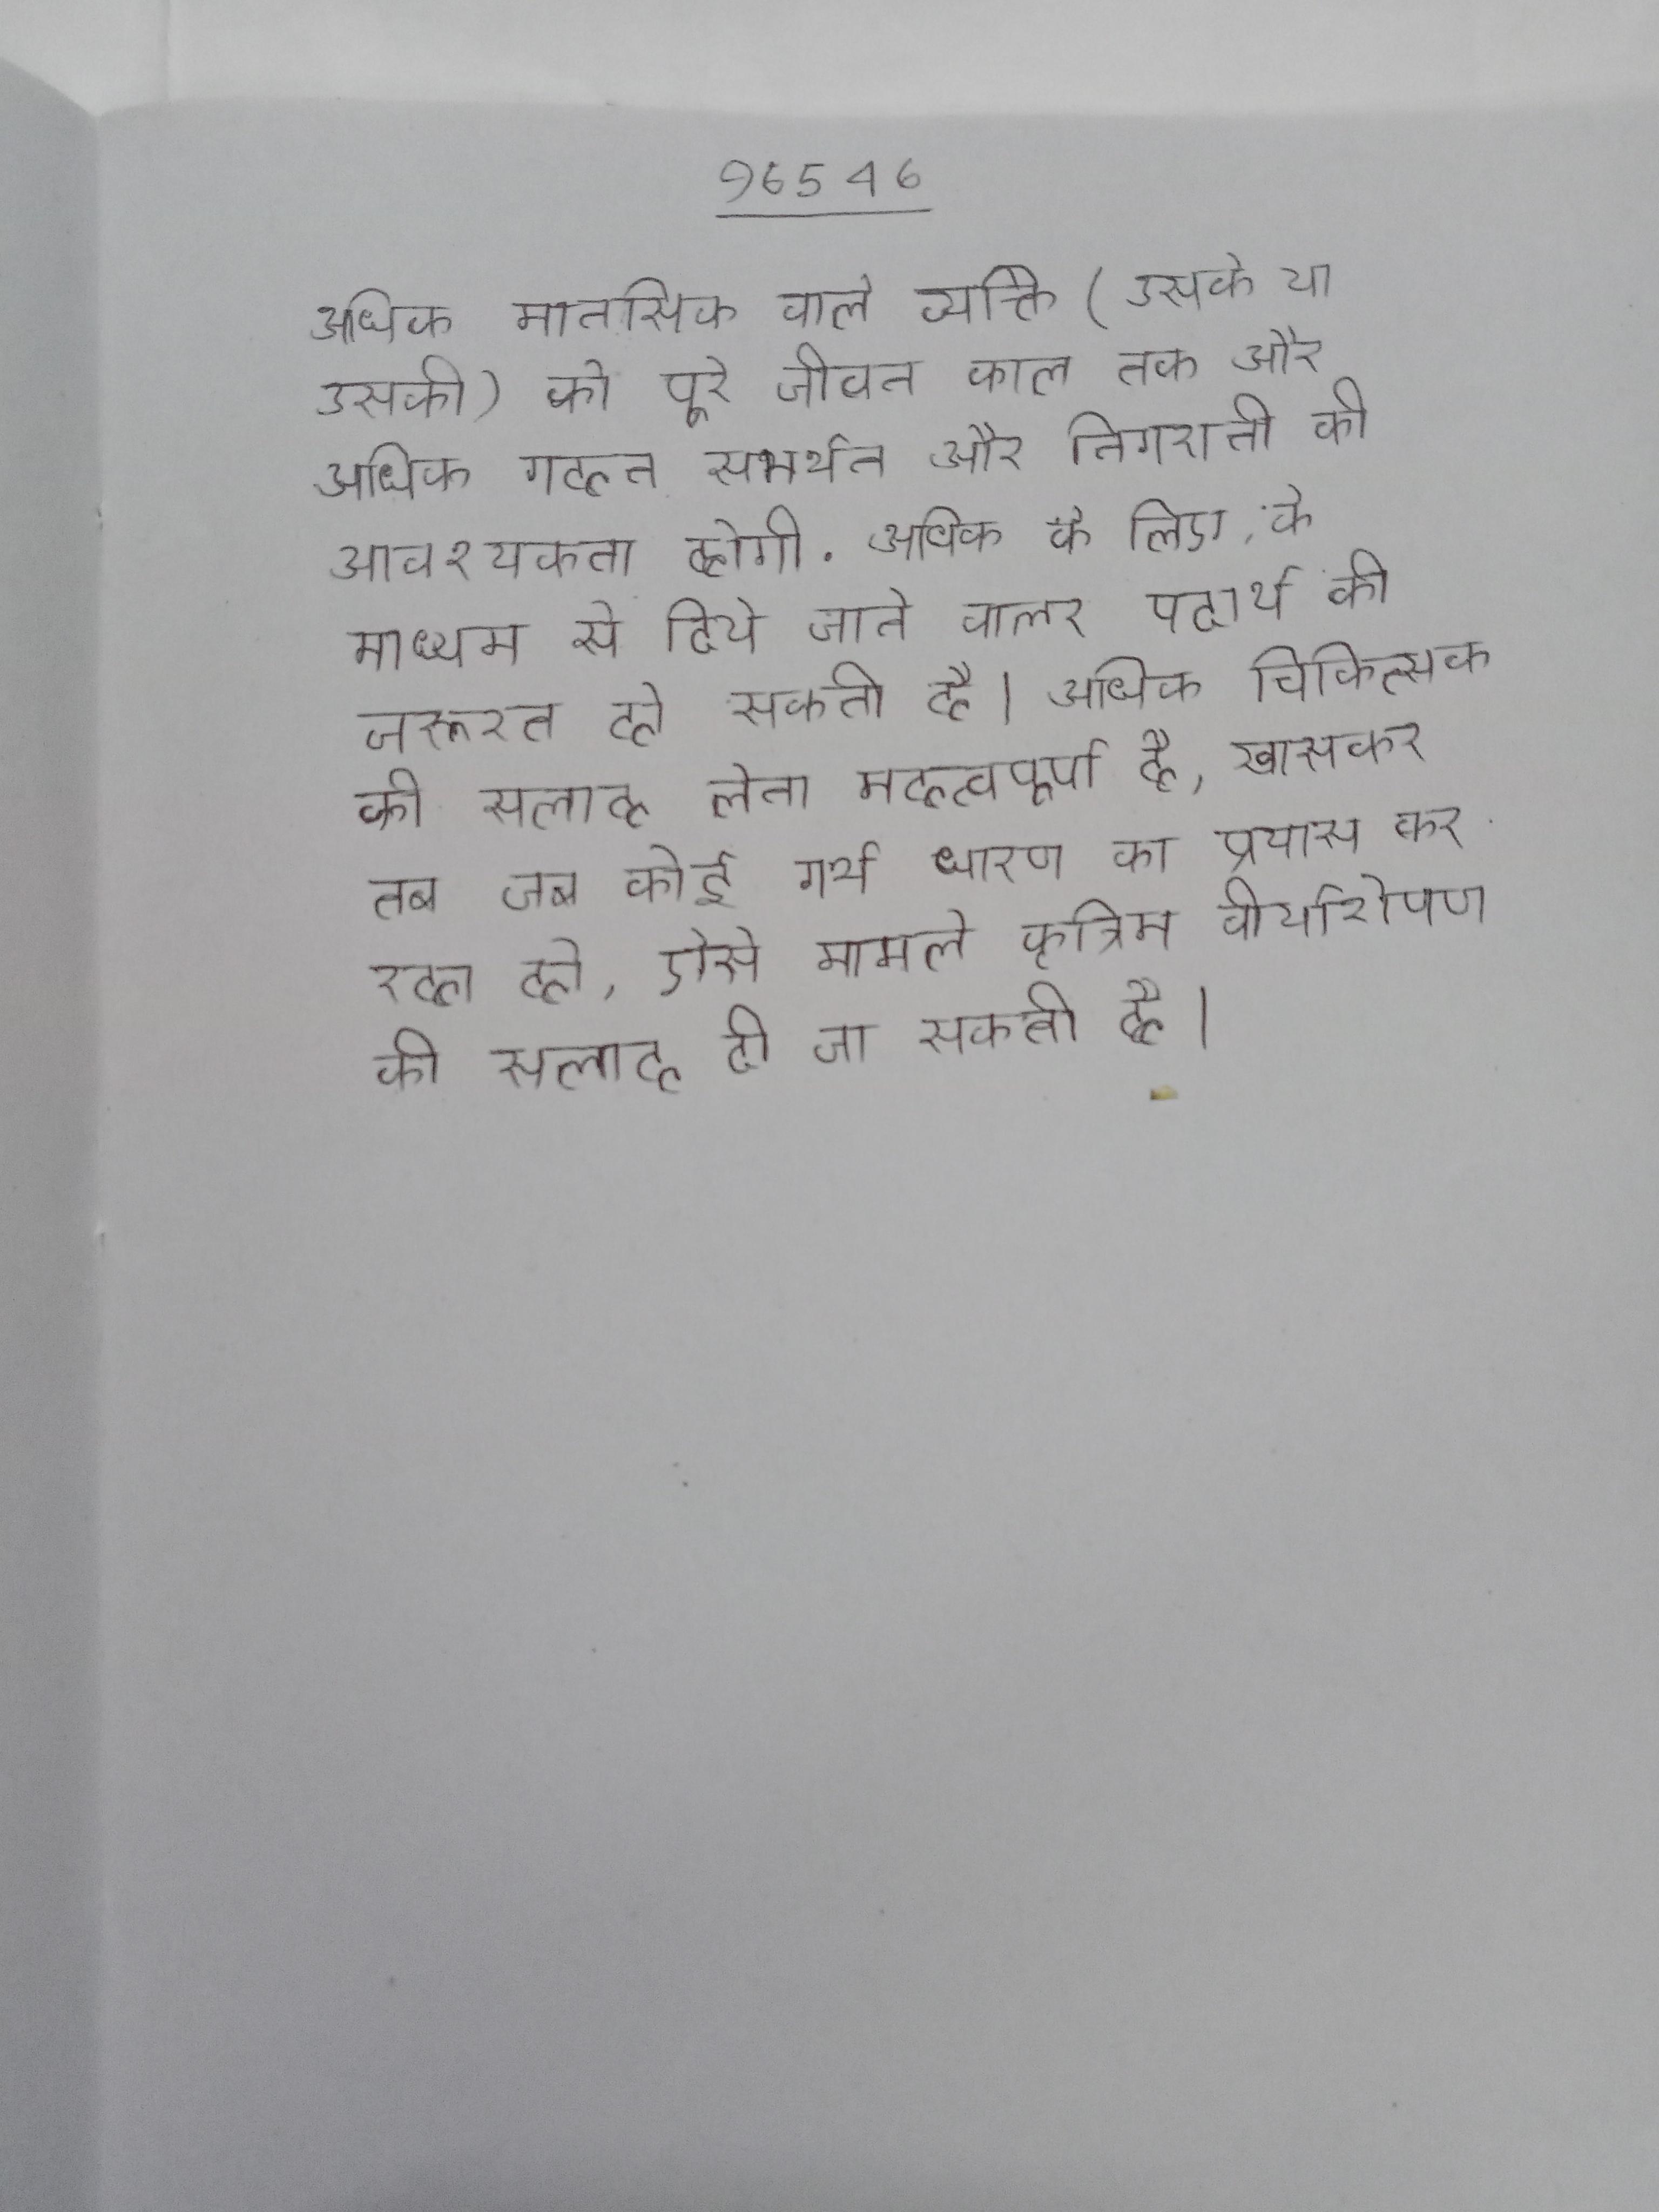
अधिक मानसिक वाले व्यक्ति (उसके या उसकी) को पूरे जीवन काल तक और अधिक गहन समर्थन और निगरानी की आवश्यकता होगी . अधिक के लिए, के माध्यम से दिये जाने वाले तरल पदार्थ की जरूरत हो सकती है । अधिक चिकित्सक की सलाह लेना महत्वपूर्ण है, खासकर तब जब कोई गर्भ धारण का प्रयास कर रहा हो, ऐसे मामले कृत्रिम वीर्यारोपण की सलाह दी जा सकती है ।